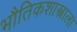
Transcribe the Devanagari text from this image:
भौतिकशास्त्राला